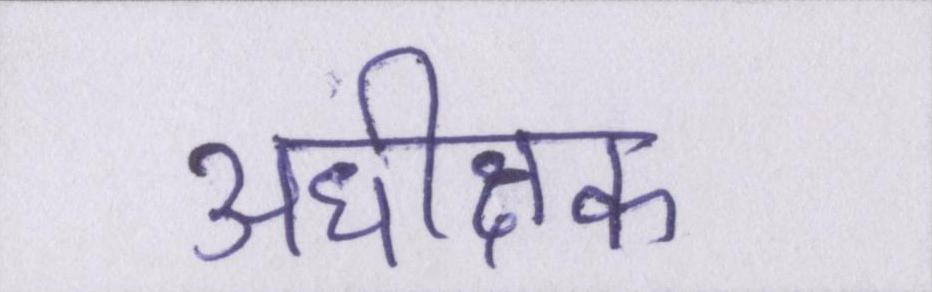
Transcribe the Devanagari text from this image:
अधीक्षक